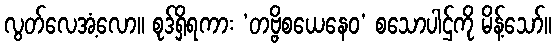
လွတ်လေအံ့လော။ စုဒ်ရှိရကား ‘တဗ္ဗိစယေနေဝ’ စသောပါဌ်ကို မိန့်သော်။